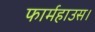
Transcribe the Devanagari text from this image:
फार्महाउस।